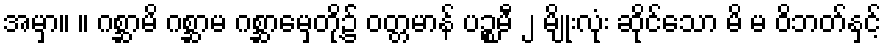
အမှာ။ ။ ဂစ္ဆာမိ ဂစ္ဆာမ ဂစ္ဆာမှေတို့၌ ဝတ္တမာန် ပဉ္စမီ ၂ မျိုးလုံး ဆိုင်သော မိ မ ဝိဘတ်နှင့်